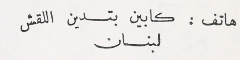
هاتف : كابين بتدين اللقش لبنان